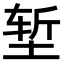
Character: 堑